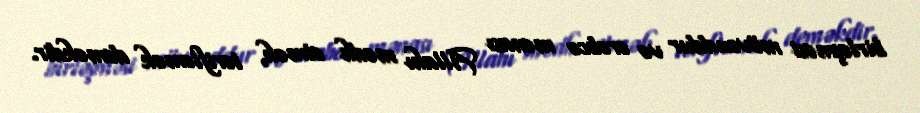
birləşməsi mövcuddur və ərəbcə mənası Allahı mədh etmək, tərifləmək deməkdir.